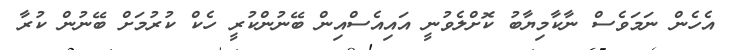
އެހެން ނަމަވެސް ނާކާމިޔާބު ކޮށްލެވުނީ އައިއެސްއިން ބޭނުންކުރީ ހެކް ކުރުމަށް ބޭނުން ކުރާ